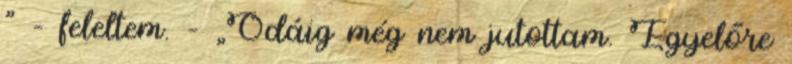
” – feleltem. – „Odáig még nem jutottam. E­gyelőre